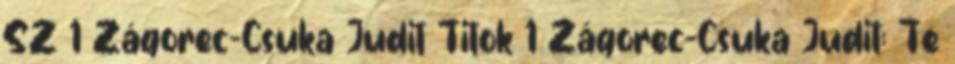
SZ 1 Zágorec-Csuka Judit Titok 1 Zágorec-Csuka Judit: Te